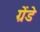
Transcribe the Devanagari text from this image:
ग्रेंडे